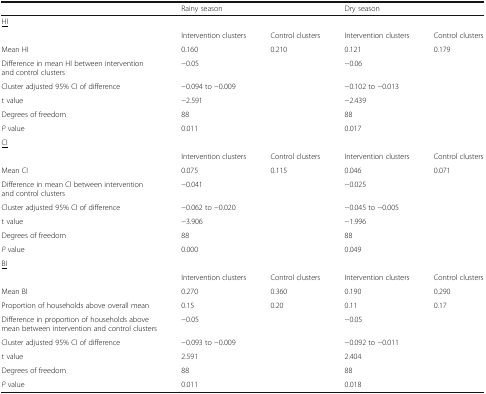
<table><thead><tr><td></td><td colspan="2"><b>Rainy season</b></td><td colspan="2"><b>Dry season</b></td></tr></thead><tbody><tr><td colspan="5"><underline>HI</underline></td></tr><tr><td></td><td>Intervention clusters</td><td>Control clusters</td><td>Intervention clusters</td><td>Control clusters</td></tr><tr><td>Mean HI</td><td>0.160</td><td>0.210</td><td>0.121</td><td>0.179</td></tr><tr><td>Difference in mean HI between intervention and control clusters</td><td colspan="2">−0.05</td><td colspan="2">−0.06</td></tr><tr><td>Cluster adjusted 95% CI of difference</td><td colspan="2">−0.094 to −0.009</td><td colspan="2">−0.102 to −0.013</td></tr><tr><td>t value</td><td colspan="2">−2.591</td><td colspan="2">−2.439</td></tr><tr><td>Degrees of freedom</td><td colspan="2">88</td><td colspan="2">88</td></tr><tr><td><i>P</i> value</td><td colspan="2">0.011</td><td colspan="2">0.017</td></tr><tr><td colspan="5"><underline>CI</underline></td></tr><tr><td></td><td>Intervention clusters</td><td>Control clusters</td><td>Intervention clusters</td><td>Control clusters</td></tr><tr><td>Mean CI</td><td>0.075</td><td>0.115</td><td>0.046</td><td>0.071</td></tr><tr><td>Difference in mean CI between intervention and control clusters</td><td colspan="2">−0.041</td><td colspan="2">−0.025</td></tr><tr><td>Cluster adjusted 95% CI of difference</td><td colspan="2">−0.062 to −0.020</td><td colspan="2">−0.045 to −0.005</td></tr><tr><td>t value</td><td colspan="2">−3.906</td><td colspan="2">−1.996</td></tr><tr><td>Degrees of freedom</td><td colspan="2">88</td><td colspan="2">88</td></tr><tr><td><i>P</i> value</td><td colspan="2">0.000</td><td colspan="2">0.049</td></tr><tr><td colspan="5"><underline>BI</underline></td></tr><tr><td></td><td>Intervention clusters</td><td>Control clusters</td><td>Intervention clusters</td><td>Control clusters</td></tr><tr><td>Mean BI</td><td>0.270</td><td>0.360</td><td>0.190</td><td>0.290</td></tr><tr><td>Proportion of households above overall mean</td><td>0.15</td><td>0.20</td><td>0.11</td><td>0.17</td></tr><tr><td>Difference in proportion of households above mean between intervention and control clusters</td><td colspan="2">−0.05</td><td colspan="2">−0.05</td></tr><tr><td>Cluster adjusted 95% CI of difference</td><td colspan="2">−0.093 to −0.009</td><td colspan="2">−0.092 to −0.011</td></tr><tr><td>t value</td><td colspan="2">2.591</td><td colspan="2">2.404</td></tr><tr><td>Degrees of freedom</td><td colspan="2">88</td><td colspan="2">88</td></tr><tr><td><i>P</i> value</td><td colspan="2">0.011</td><td colspan="2">0.018</td></tr></tbody></table>